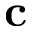
\textbf { c }